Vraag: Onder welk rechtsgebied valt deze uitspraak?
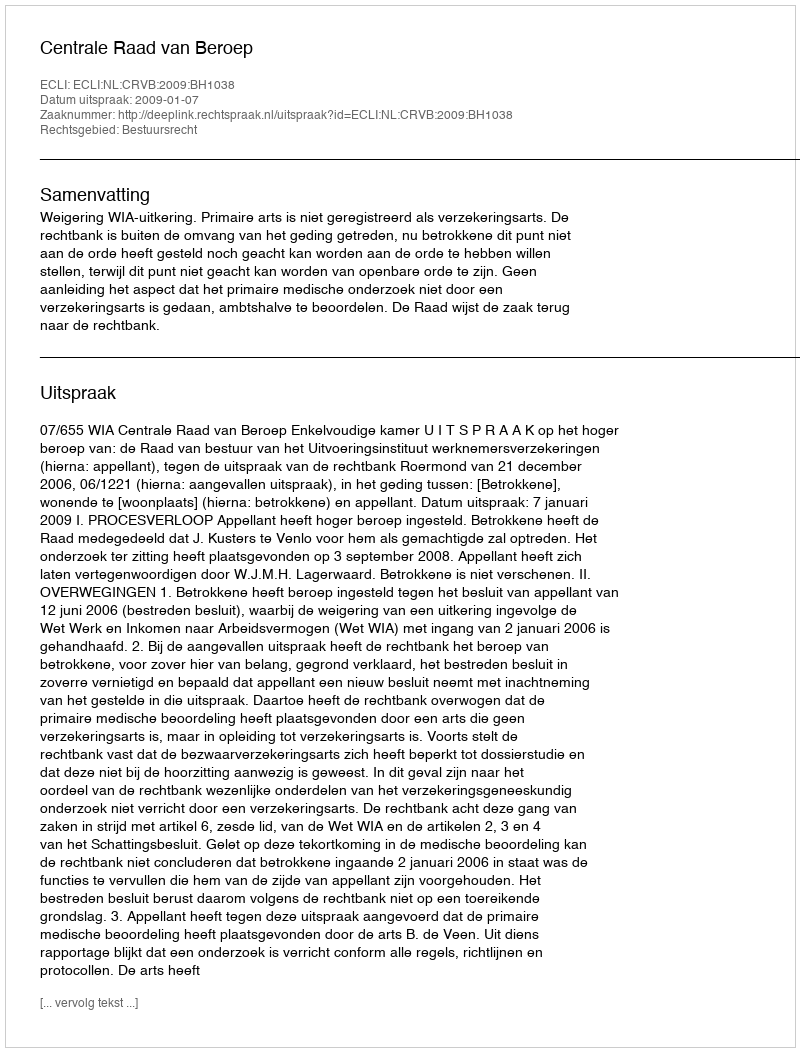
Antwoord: Bestuursrecht